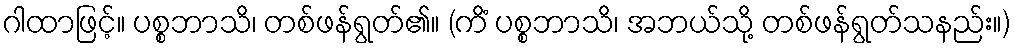
ဂါထာဖြင့်။ ပစ္စဘာသိ၊ တစ်ဖန်ရွတ်၏။ (ကိံ ပစ္စဘာသိ၊ အဘယ်သို့ တစ်ဖန်ရွတ်သနည်း။)